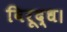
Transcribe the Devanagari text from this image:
विरूद्ध।